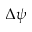
\Delta \psi